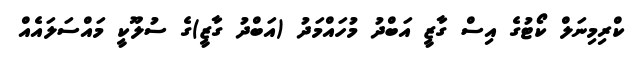
ކްރިމިނަލް ކޯޓުގެ އިސް ގާޒީ އަބްދު މުހައްމަދު (އަބްދު ގާޒީ)ގެ ސުލޫކީ މައްސަލައެއް